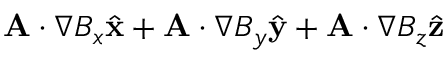
\mathbf { A } \cdot \nabla B _ { x } { \hat { \mathbf { x } } } + \mathbf { A } \cdot \nabla B _ { y } { \hat { \mathbf { y } } } + \mathbf { A } \cdot \nabla B _ { z } { \hat { \mathbf { z } } }